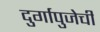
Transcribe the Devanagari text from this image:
दुर्गापुजेची